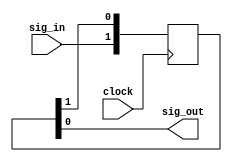
// This program was cloned from: https://github.com/n1gp/Anvelina_PROIII
// License: GNU General Public License v3.0

//
//  HPSDR - High Performance Software Defined Radio
//
//  Metis code. 
//
//  This program is free software; you can redistribute it and/or modify
//  it under the terms of the GNU General Public License as published by
//  the Free Software Foundation; either version 2 of the License, or
//  (at your option) any later version.
//
//  This program is distributed in the hope that it will be useful,
//  but WITHOUT ANY WARRANTY; without even the implied warranty of
//  MERCHANTABILITY or FITNESS FOR A PARTICULAR PURPOSE.  See the
//  GNU General Public License for more details.
//
//  You should have received a copy of the GNU General Public License
//  along with this program; if not, write to the Free Software
//  Foundation, Inc., 59 Temple Place, Suite 330, Boston, MA  02111-1307  USA


//  Metis code copyright 2010, 2011, 2012, 2013 Alex Shovkoplyas, VE3NEA.
// Steve Haynal KF7O 2018


//-----------------------------------------------------------------------------
// transfer signal to another clock domain
//-----------------------------------------------------------------------------
module sync (
  input clock,
  input sig_in,
  output sig_out
);

parameter DEPTH = 2;

(*preserve*) reg [DEPTH-1:0] sync_chain = {DEPTH{1'b0}};

always @(posedge clock)
  sync_chain <= {sig_in, sync_chain[DEPTH-1:1]};

assign sig_out = sync_chain[0];

endmodule


//-----------------------------------------------------------------------------
// transfer change as pulse to another domain
//-----------------------------------------------------------------------------
module sync_pulse (
  input clock,
  input sig_in,
  output sig_out
);

parameter DEPTH = 3;

(*preserve*) reg [DEPTH-1:0] sync_chain = {DEPTH{1'b0}};

always @(posedge clock)
  sync_chain <= {sig_in, sync_chain[DEPTH-1:1]};

assign sig_out = sync_chain[0] ^ sync_chain[1];

endmodule


//-----------------------------------------------------------------------------
// transfer change as pulse to another domain
//-----------------------------------------------------------------------------
module sync_one (
  input clock,
  input sig_in,
  output sig_out
);

parameter DEPTH = 3;

(*preserve*) reg [DEPTH-1:0] sync_chain = {DEPTH{1'b0}};

always @(posedge clock)
  sync_chain <= {sig_in, sync_chain[DEPTH-1:1]};

assign sig_out = ~sync_chain[0] & sync_chain[1];

endmodule




module sync_handshake (
  input clk_indomain,
  input clk_outdomain,
  input sig_in,
  output sig_out
);


(*preserve*) reg indomain;
(*preserve*) reg outdomain;

always @(posedge clk_indomain) indomain <= sig_in;
always @(posedge clk_outdomain) outdomain <= indomain;
assign sig_out = outdomain;


endmodule